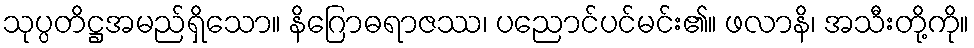
သုပ္ပတိဋ္ဌအမည်ရှိသော။ နိဂြောဓရာဇဿ၊ ပညောင်ပင်မင်း၏။ ဖလာနိ၊ အသီးတို့ကို။